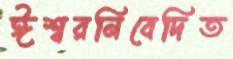
ঈশ্বরনিবেদিত